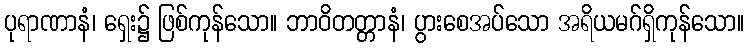
ပုရာဏာနံ၊ ရှေး၌ ဖြစ်ကုန်သော။ ဘာဝိတတ္တာနံ၊ ပွားစေအပ်သော အရိယမဂ်ရှိကုန်သော။